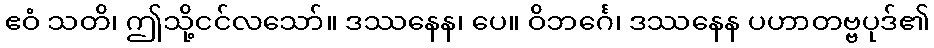
ဧဝံ သတိ၊ ဤသို့ငင်လသော်။ ဒဿနေန၊ ပေ။ ဝိဘင်္ဂေ၊ ဒဿနေန ပဟာတဗ္ဗပုဒ်၏